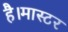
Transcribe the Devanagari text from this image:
है।मास्‍टर